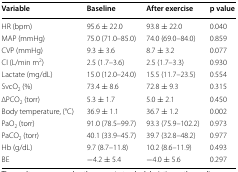
<table><thead><tr><td><b>Variable</b></td><td><b>Baseline</b></td><td><b>After exercise</b></td><td><b>p value</b></td></tr></thead><tbody><tr><td>HR (bpm)</td><td>95.6 ± 22.0</td><td>93.8 ± 22.0</td><td>0.040</td></tr><tr><td>MAP (mmHg)</td><td>75.0 (71.0–85.0)</td><td>74.0 (69.0–84.0)</td><td>0.859</td></tr><tr><td>CVP (mmHg)</td><td>9.3 ± 3.6</td><td>8.7 ± 3.2</td><td>0.077</td></tr><tr><td>CI (L/min m<sup>2</sup>)</td><td>2.5 (1.7–3.6)</td><td>2.5 (1.7–3.3)</td><td>0.930</td></tr><tr><td>Lactate (mg/dL)</td><td>15.0 (12.0–24.0)</td><td>15.5 (11.7–23.5)</td><td>0.554</td></tr><tr><td>SvcO<sub>2</sub> (%)</td><td>73.4 ± 8.6</td><td>72.8 ± 9.3</td><td>0.315</td></tr><tr><td>∆PCO<sub>2</sub> (torr)</td><td>5.3 ± 1.7</td><td>5.0 ± 2.1</td><td>0.450</td></tr><tr><td>Body temperature, (°C)</td><td>36.9 ± 1.1</td><td>36.7 ± 1.2</td><td>0.002</td></tr><tr><td>PaO<sub>2</sub> (torr)</td><td>91.0 (78.5–99.7)</td><td>93.3 (75.9–102.2)</td><td>0.973</td></tr><tr><td>PaCO<sub>2</sub> (torr)</td><td>40.1 (33.9–45.7)</td><td>39.7 (32.8–48.2)</td><td>0.977</td></tr><tr><td>Hb (g/dL)</td><td>9.7 (8.7–11.8)</td><td>10.2 (8.6–11.9)</td><td>0.493</td></tr><tr><td>BE</td><td>−4.2 ± 5.4</td><td>−4.0 ± 5.6</td><td>0.297</td></tr></tbody></table>